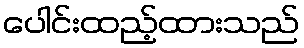
ပေါင်းထည့်ထားသည်